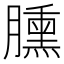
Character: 臐